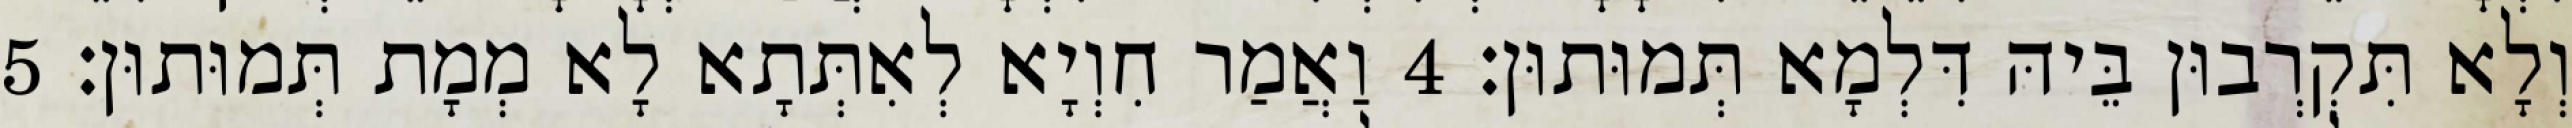
וְלָא תִּקְרְבוּן בֵּיהּ דִּלְמָא תְּמוּתוּן׃ 4 וַאֲמַר חִוְיָא לְאִתְּתָא לָא מְמָת תְּמוּתוּן׃ 5